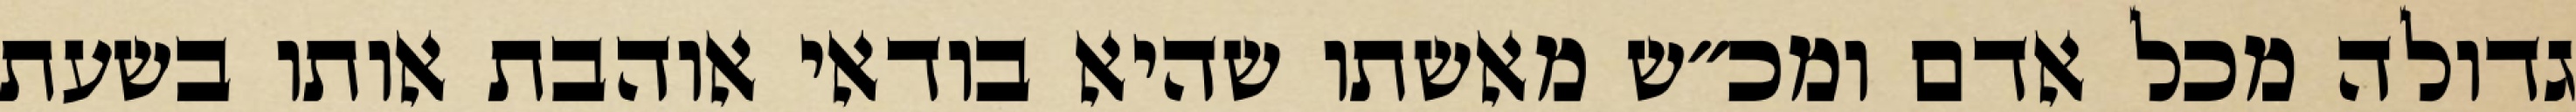
גדולה מכל אדם ומכ״ש מאשתו שהיא בודאי אוהבת אותו בשעת